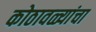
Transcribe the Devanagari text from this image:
कोठावळ्यांचा